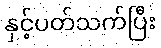
နှင့်ပတ်သက်ပြီး